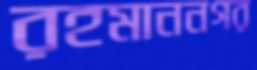
রহমাননগর